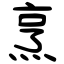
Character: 烹